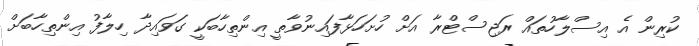
ކުރިން އެ އިސްލާހުތައް ރަޖިސްޓްރާ އަށް ހުށަހަޅާފައިނުވާތީ އިންތިހާބަކީ ގަވައިދާ ހިލާފު އިންތިހާބަށް